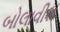
બોલાવીશ